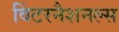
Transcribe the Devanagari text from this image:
विंटरनैशनल्स